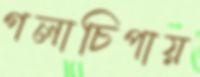
গলাচিপায়